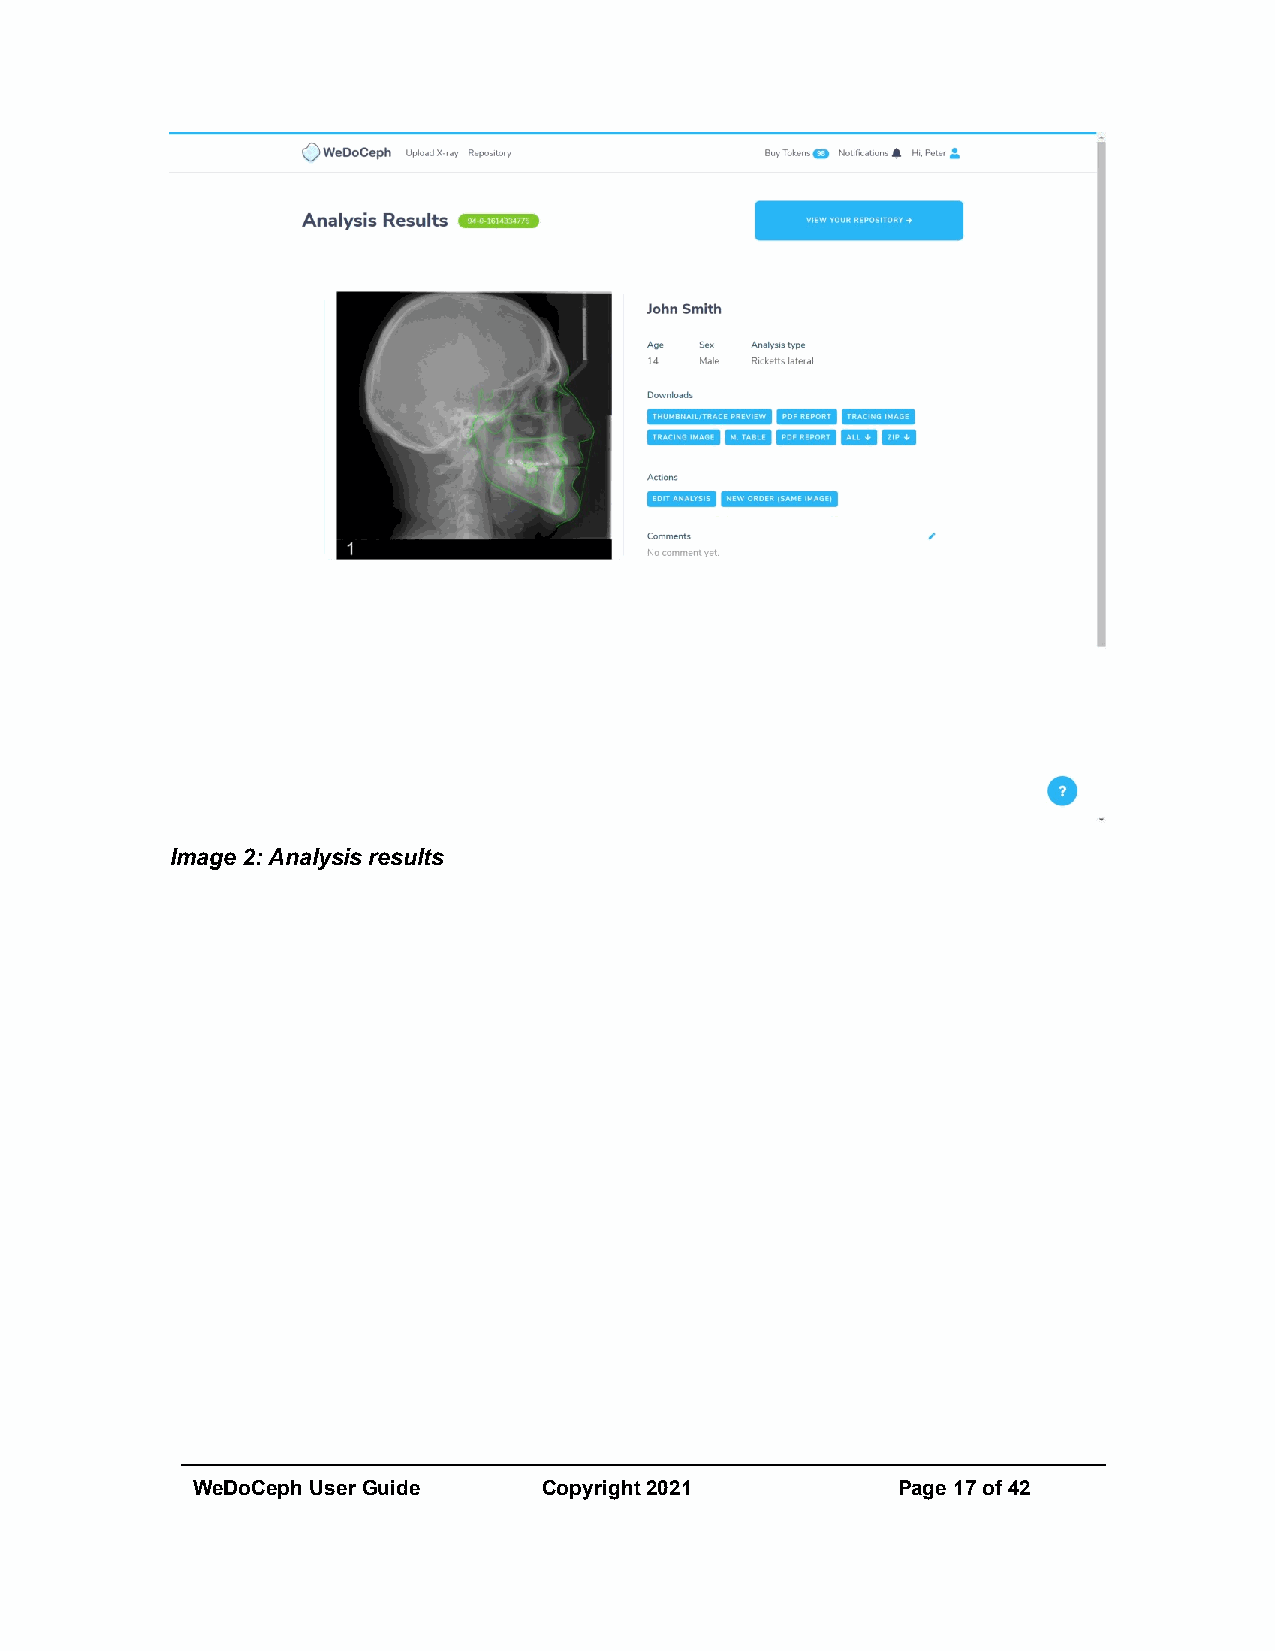
Image 2: Analysis results
 WeDoCeph User Guide    Copyright 2021         Page 17 of 42